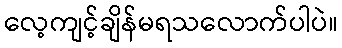
လေ့ကျင့်ချိန်မရသလောက်ပါပဲ။